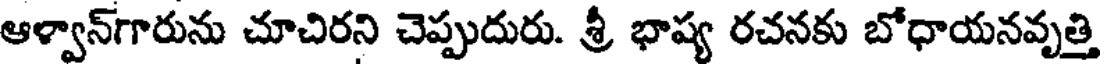
ఆళ్వాన్గారును చూచిరని చెప్పుదురు. శ్రీ భాష్య రచనకు బోధాయనవృత్తి